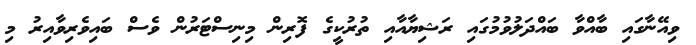
ވިއޭނާގައި ބާއްވާ ބައްދަލުވުމުގައި ރަޝިޔާއާއި ތުރުކީގެ ފޮރިން މިނިސްޓަރުން ވެސް ބައިވެރިވާއިރު މި